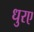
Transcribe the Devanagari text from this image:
धुरए